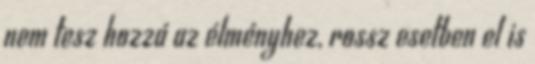
nem tesz hozzá az élményhez, rossz esetben el is